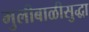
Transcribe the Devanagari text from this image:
मुलीबाळीसुद्धा